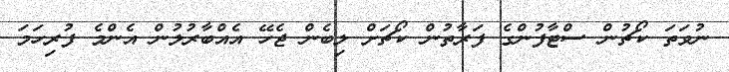
ނުވަތަ ކޯޗުން ސްޓާފުންގެ ފަރާތުން ކޯޗަށް ލިބެން ޖެހޭ އެއްބާރުލުން އެންމެ ފުރިހަމަ